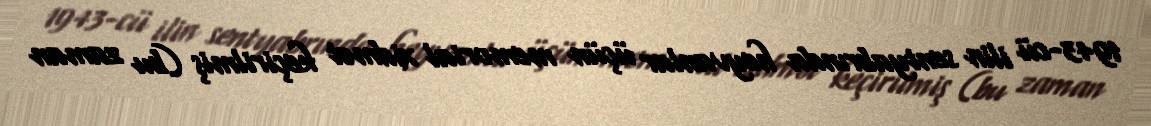
1943-cü ilin sentyabrında heyvanlar üçün memorial xidmət keçirilmiş (bu zaman